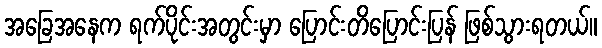
အခြေအနေက ရက်ပိုင်းအတွင်းမှာ ပြောင်းတိပြောင်းပြန် ဖြစ်သွားရတယ်။